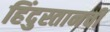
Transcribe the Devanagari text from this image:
हिंदुस्तानची